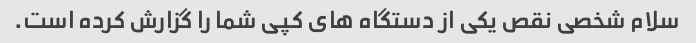
سلام شخصی نقص یکی از دستگاه های کپی شما را گزارش کرده است.